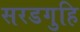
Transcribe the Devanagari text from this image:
सरडगुहि